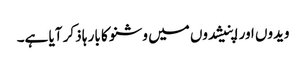
ویدوں اور اپنیشدوں میں وشنو کا بار ہا ذکر آیا ہے۔